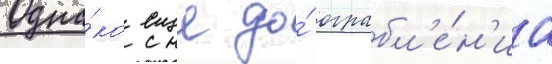
Одна́ко еще до́ ограбл'е́н'иа